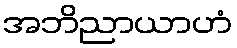
အဘိညာယာဟံ